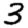
Digit: 3